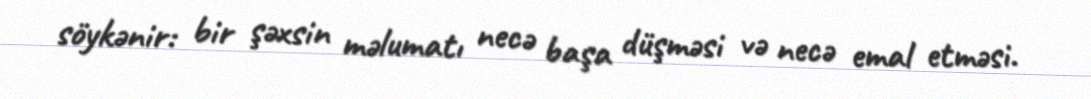
söykənir: bir şəxsin məlumatı necə başa düşməsi və necə emal etməsi.